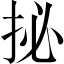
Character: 㧙